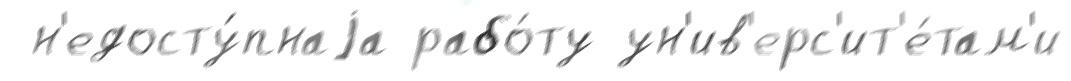
 н'едосту́пнаjа рабо́ту ун'ив'ерс'ит'е́там'и